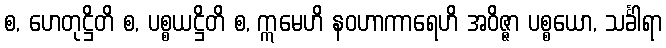
စ, ဟေတုဋ္ဌိတိ စ, ပစ္စယဋ္ဌိတိ စ, ဣမေဟိ နဝဟာကာရေဟိ အဝိဇ္ဇာ ပစ္စယော, သင်္ခါရာ